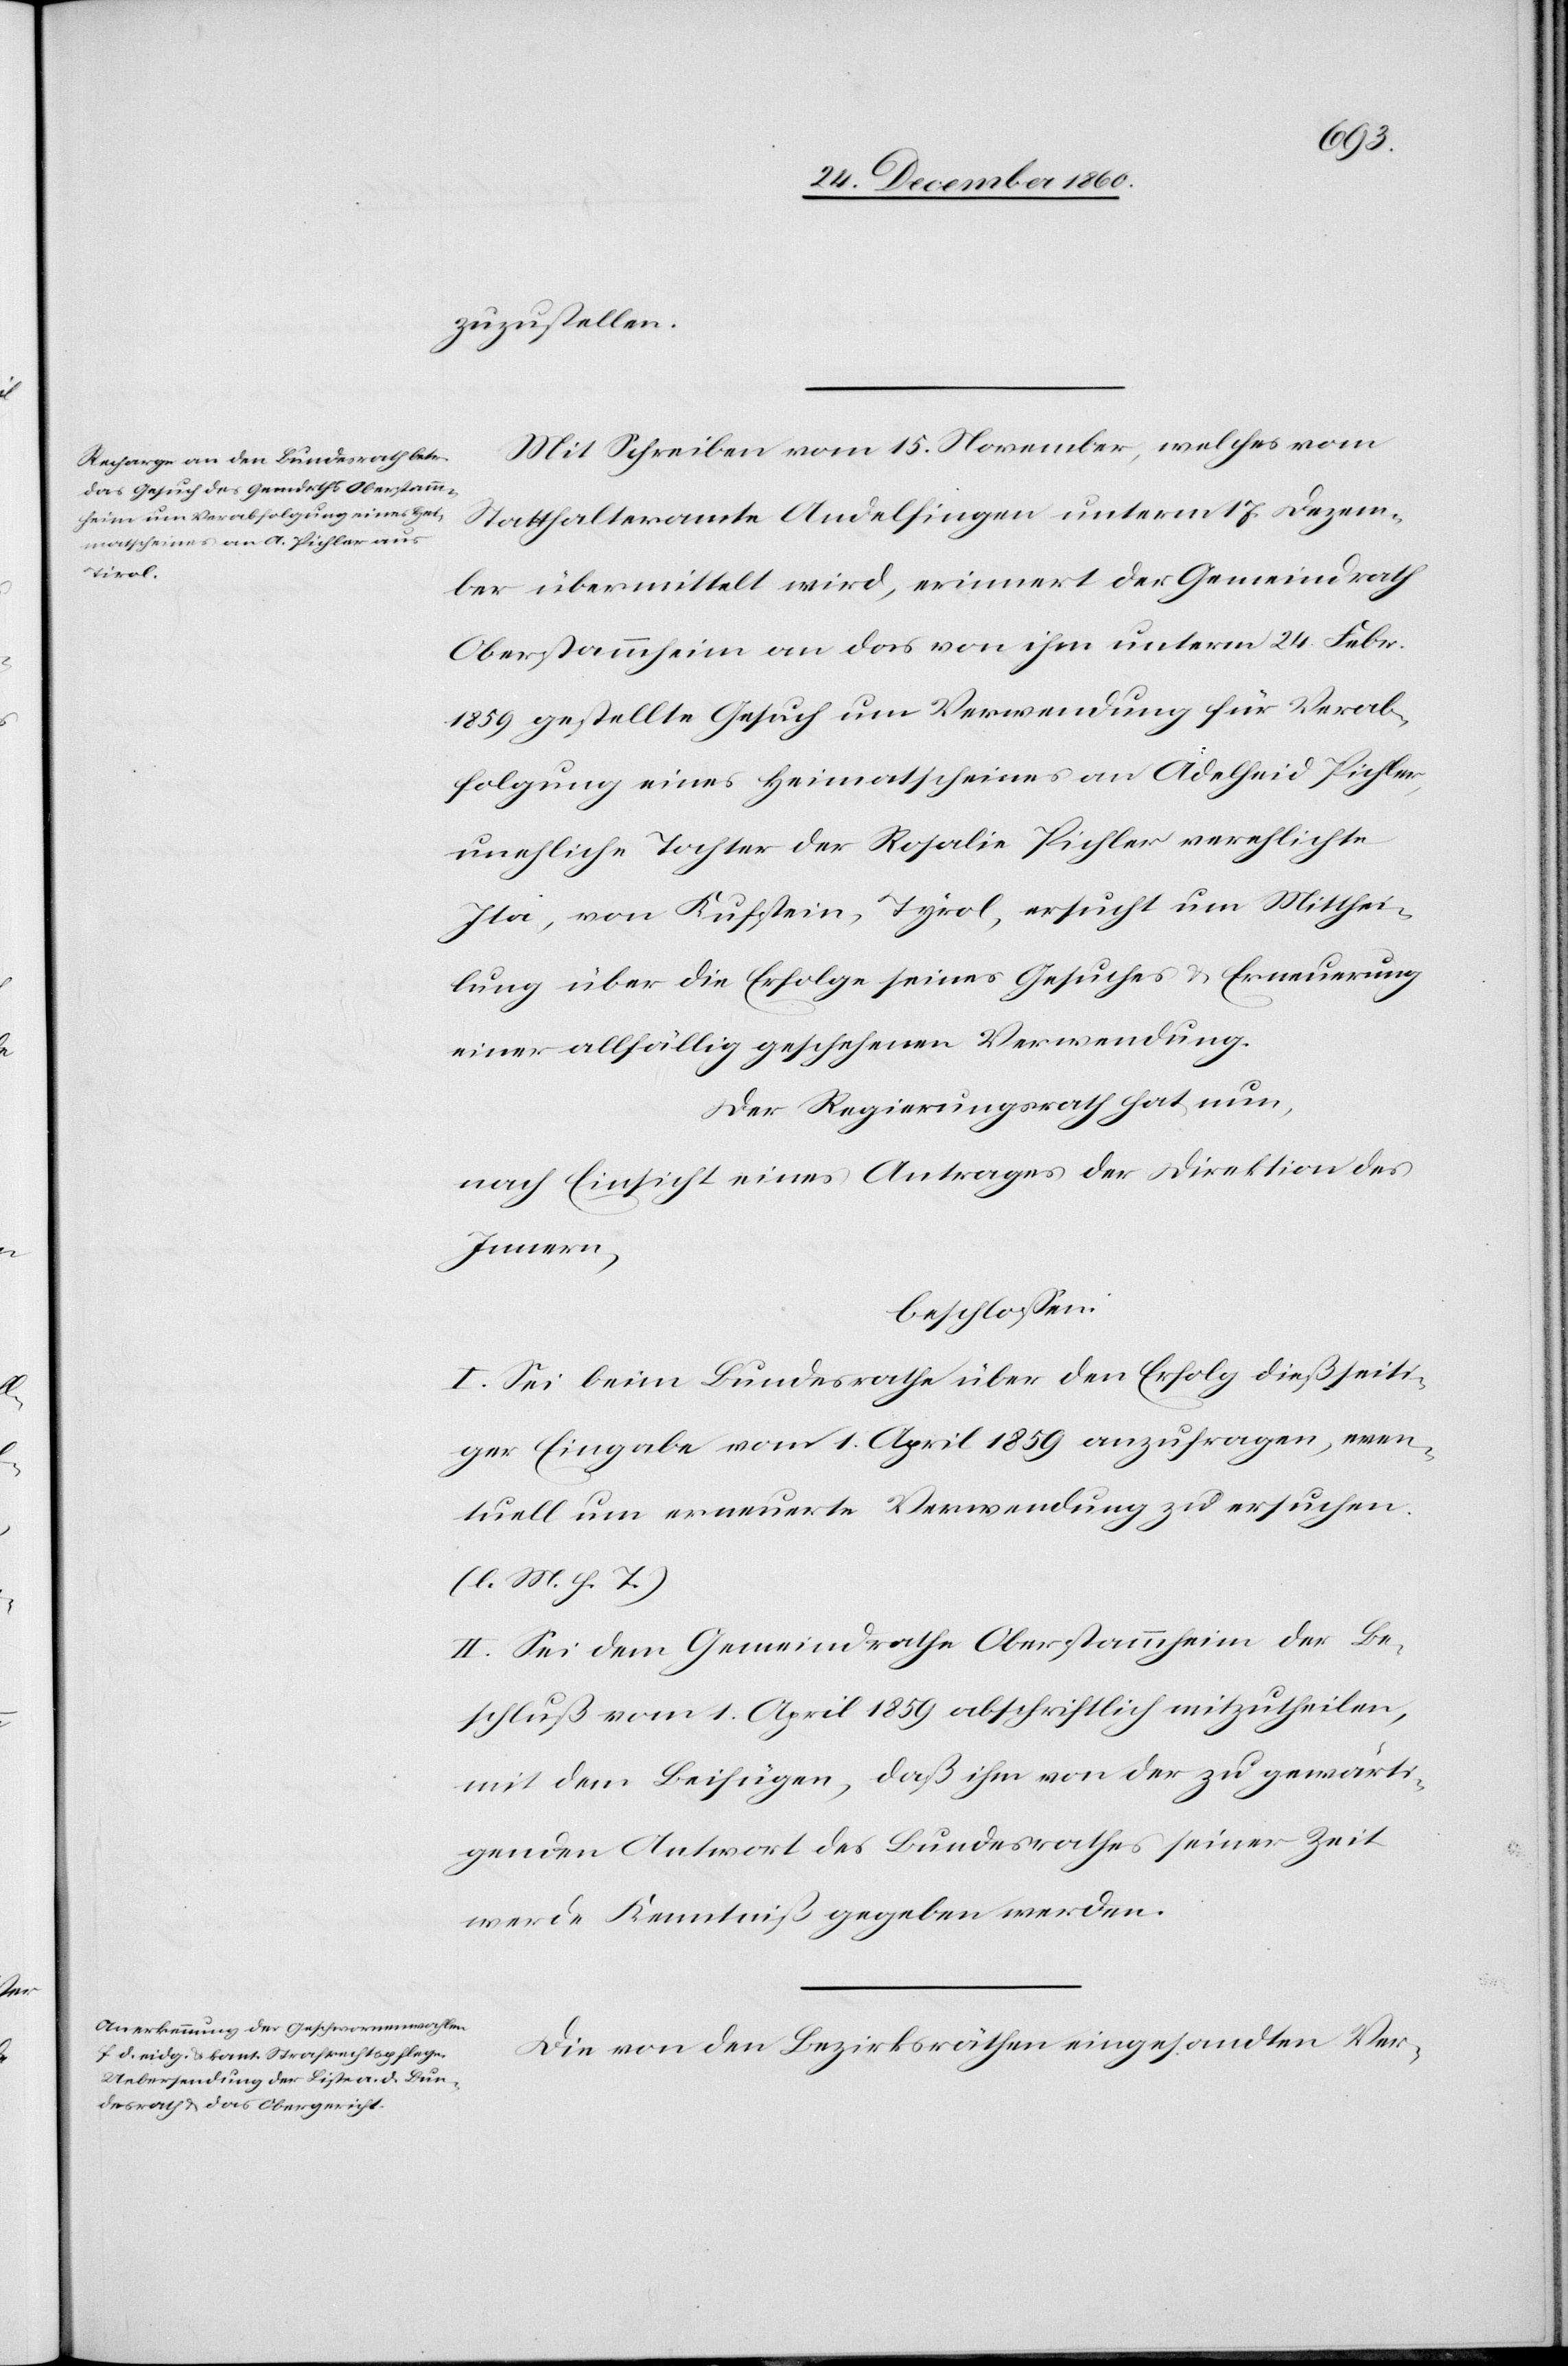
zuzustellen.
Mit Schreiben vom 15. November, welches vom
Statthalteramte Andelfingen unterm 17. Dezem¬
ber übermittelt wird, erinnert der Gemeindrath
Oberstammheim an das von ihm unterm 24. Febr.
1859 gestellte Gesuch um Verwendung für Verab¬
folgung eines Heimatscheines an Adelheid Pichler,
unehliche Tochter der Rosalie Pichler verehlichte
Ita, von Kufstein, Tyrol [sic!], ersucht um Mitthei¬
lung über die Erfolge seines Gesuches u. Erneuerung
Der Regierungsrath hat nun,
nach Einsicht eines Antrages der Direktion des
Innern,
beschlossen:
I. Sei beim Bundesrathe über den Erfolg dießseiti¬
ger Eingabe vom 1. April 1859 anzufragen, even¬
tuell um erneuerte Verwendung zu ersuchen.
(l. M. h. T.)
II. Sei dem Gemeindrathe Oberstammheim der Be¬
schluß vom 1. April 1859 abschriftlich mitzutheilen,
mit dem Beifügen, daß ihm von der zu gewärti¬
genden Antwort des Bundesrathes seiner Zeit
werde Kenntniß gegeben werden.
Die von den Bezirksräthen eingesandten Ver-